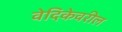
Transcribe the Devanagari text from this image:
वेदिकेवरील